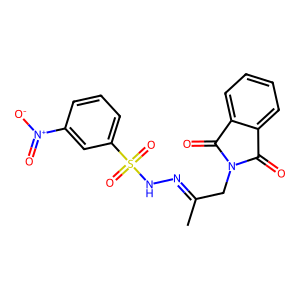
SMILES: CC(CN1C(=O)c2ccccc2C1=O)=NNS(=O)(=O)c1cccc([N+](=O)[O-])c1
Inhibits HIV replication: No